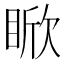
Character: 𪾯